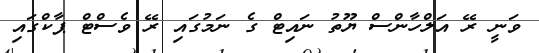
ވަނީ ރޭ އަލްހާންސް ޔޫތު ނައިޓް ގެ ނަމުގައި ރޭ ވެސްޓް ޕާކްގައި